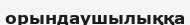
орындаушылыққа